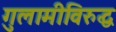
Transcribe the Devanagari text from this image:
गुलामीविरुद्ध